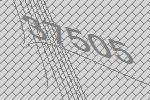
37505